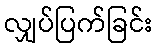
လျှပ်ပြက်ခြင်း